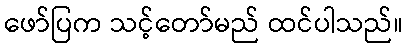
ဖော်ပြက သင့်တော်မည် ထင်ပါသည်။